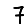
Digit: 7